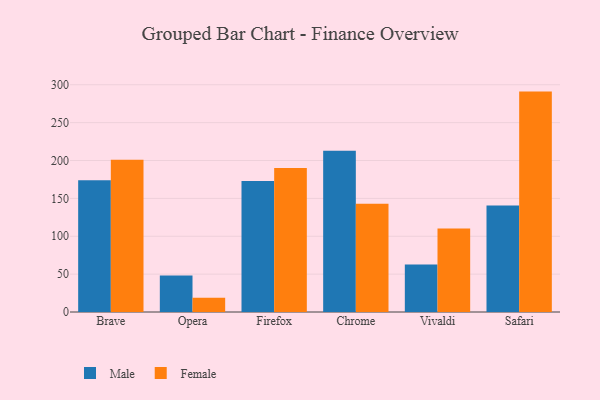
{"axis": {"x": "Browser", "y": "Latency (ms)"}, "legend": ["Female", "Male"], "data": [{"x": "Brave", "y": 173.8, "type": "Male"}, {"x": "Brave", "y": 200.9, "type": "Female"}, {"x": "Opera", "y": 48.1, "type": "Male"}, {"x": "Opera", "y": 18.8, "type": "Female"}, {"x": "Firefox", "y": 173.0, "type": "Male"}, {"x": "Firefox", "y": 190.0, "type": "Female"}, {"x": "Chrome", "y": 213.0, "type": "Male"}, {"x": "Chrome", "y": 143.0, "type": "Female"}, {"x": "Vivaldi", "y": 62.8, "type": "Male"}, {"x": "Vivaldi", "y": 110.4, "type": "Female"}, {"x": "Safari", "y": 140.7, "type": "Male"}, {"x": "Safari", "y": 291.0, "type": "Female"}]}